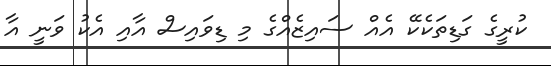
ކުރީގެ ގަޑިތަކެކޭ އެއް ސައިޒެއްގެ މި ޑިވައިސް އާއި އެކު ވަަނީ އާ